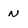
Character: N